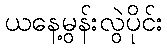
ယနေ့မွန်းလွဲပိုင်း